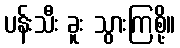
ပန်းသီး ခူး သွားကြစို့။